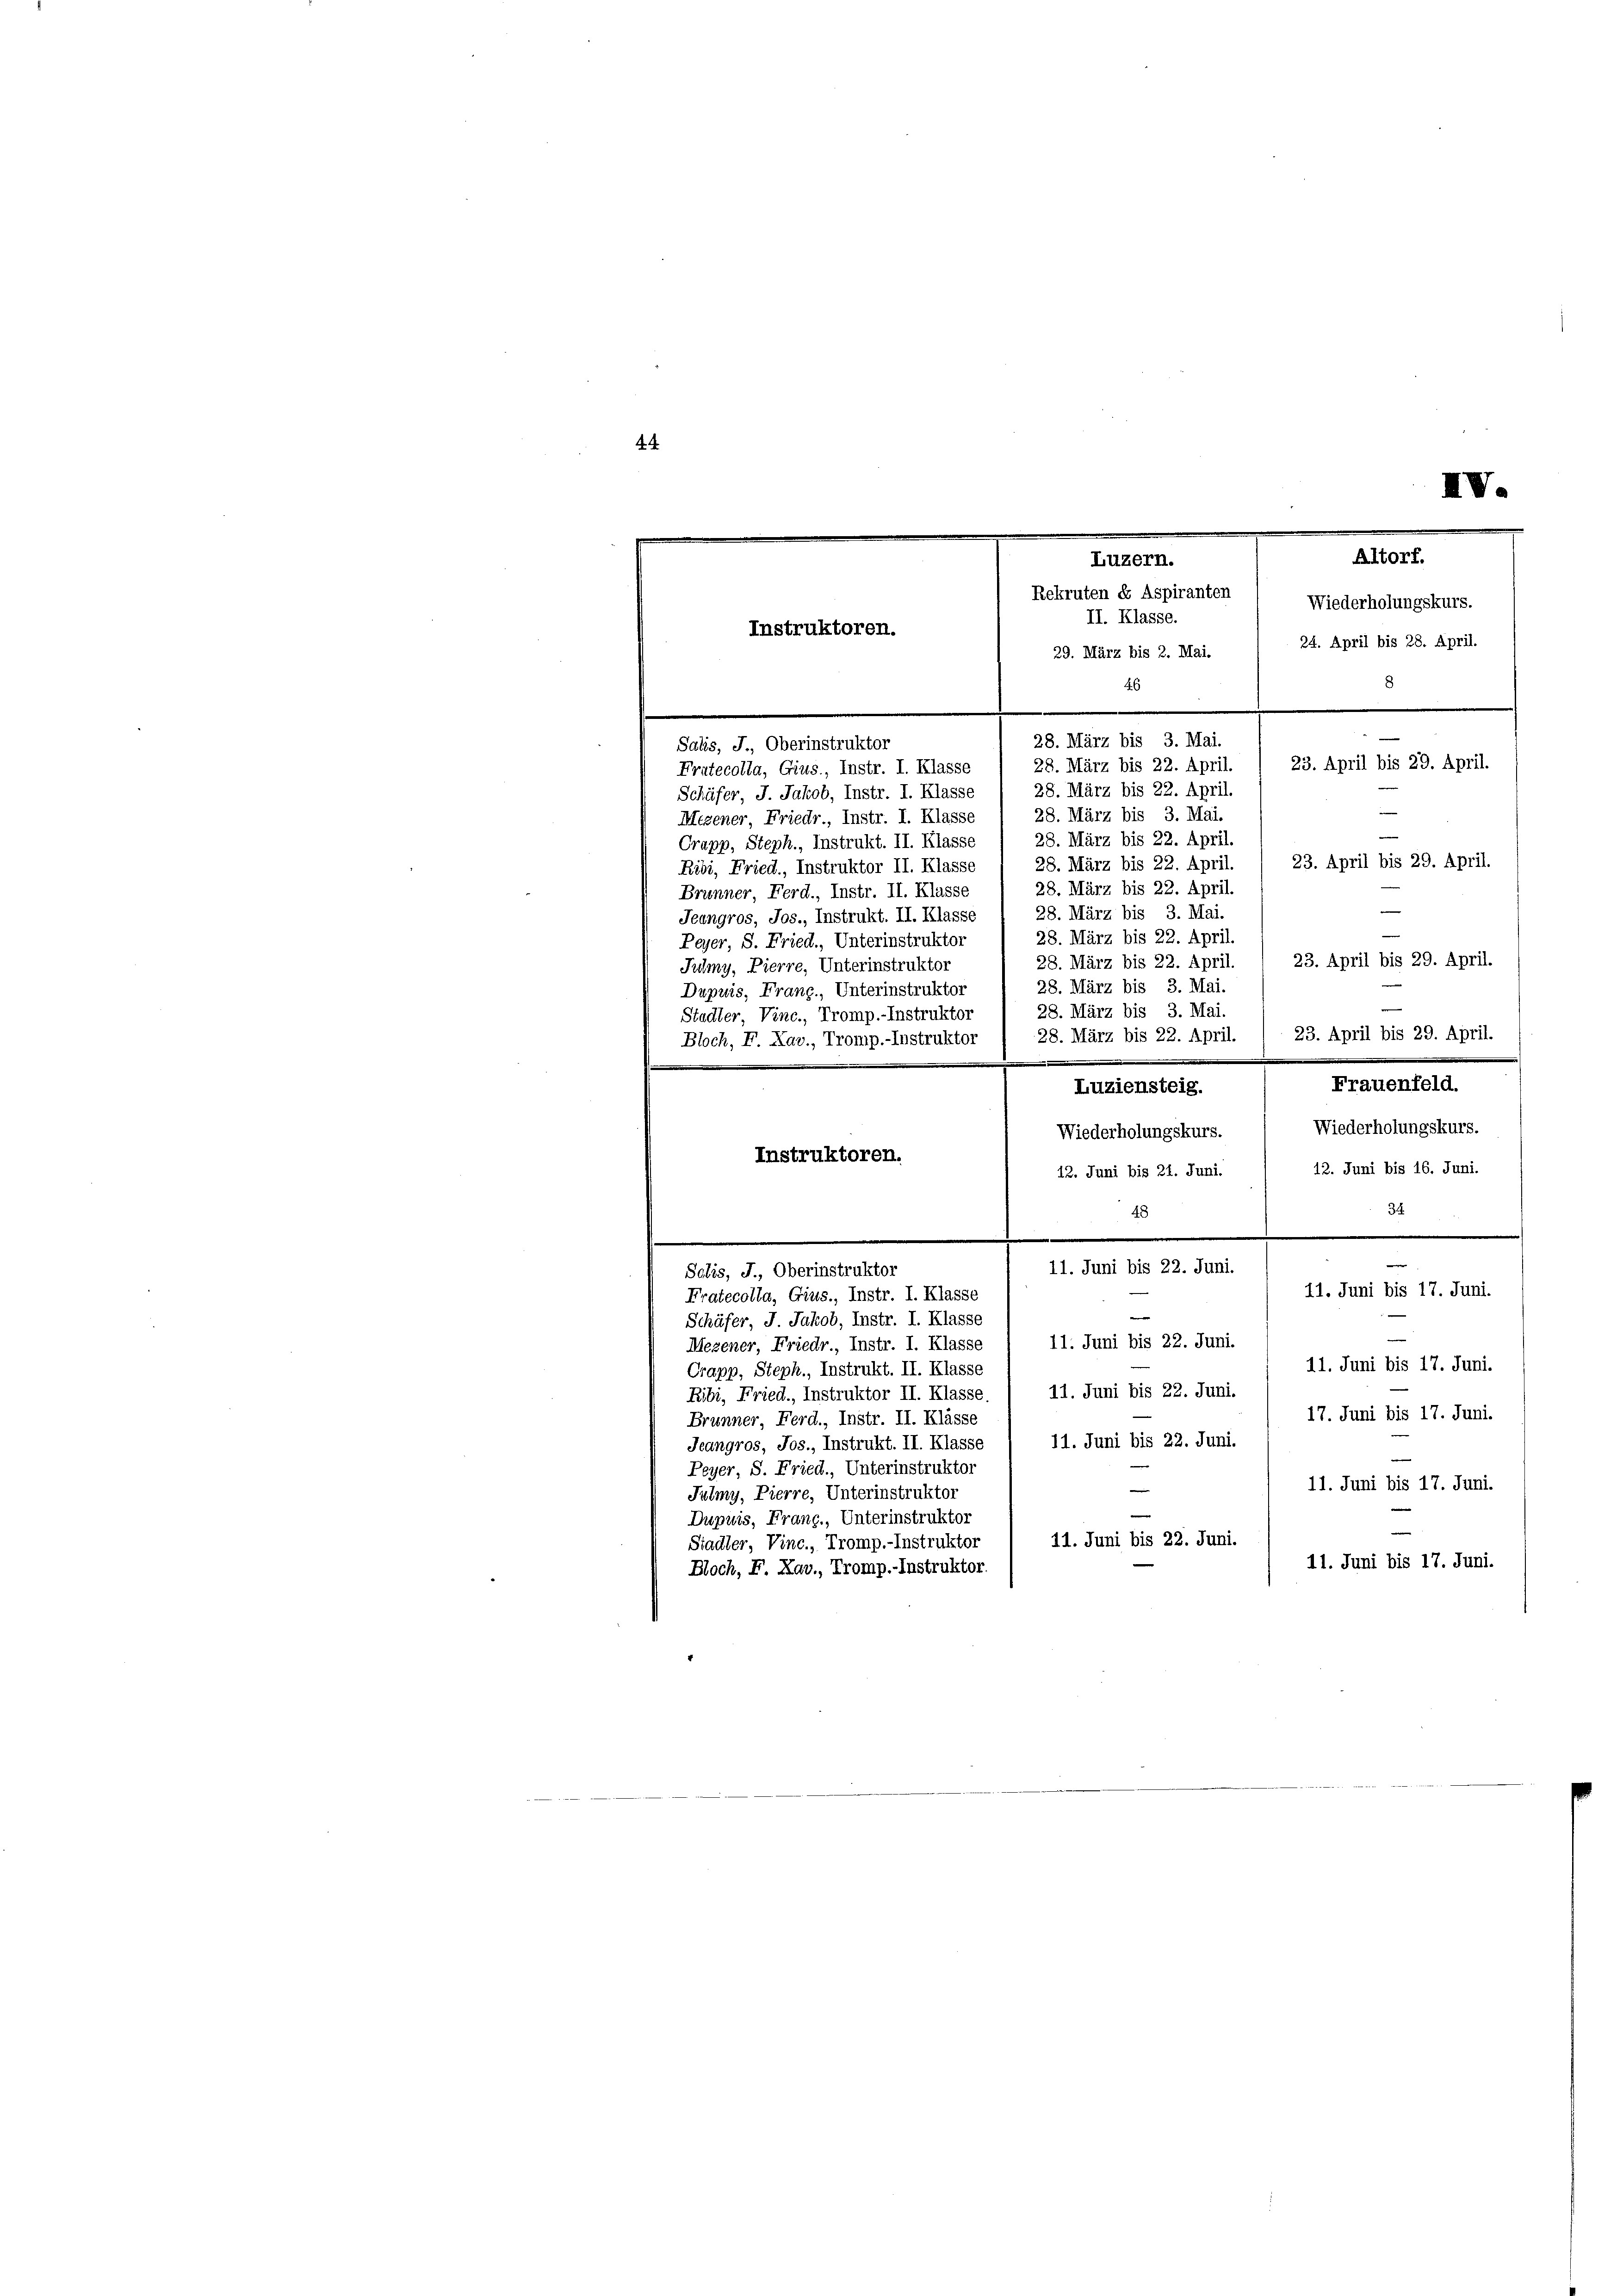
4
IV.
Altorf.
Luzern.

Rekruten dr Aspiranten
Wiederholungskurs.
II. Klasse.
Instruktoren.
24. April bis 28. April.
29. März bis 2. Mai.
8
46
28. März bis 3. Mai.
Salis, J., Oberinstruktor

28. März bis 22. April.
Fratecolla, Gius., Instr. I. Klasse
28. März bis 22. April.
Schäfer, J. Jakob, Instr. I. Klasse
28. März bis 3. Mai.
Megener Friedr., Instr. I. Klasse
28. März bis 22. April.
Crapp, Steph., Instrukt. II. Klasse
23. April bis 29. April.
28. März bis 22. April.
Ribi, Fried, Instruktor II. Klasse
28. März bis 22. April.
Brunner Ferd., Instr. II. Klasse
28. März bis 3. Mai.
Jeangros, Jos., Instrukt. II. Klasse
28. März bis 22. April
Peyer, S. Fried., Unterinstruktor
23. April bis 29. April
28. März bis 22. April.
Julmy, Pierre, Unterinstruktor
28. März bis 3. Mai.
Dupuis, Frang, Unterinstruktor
28. März bis 3. Mai.
Stadter Vinc., Tromp.-Instruktor
23. April bis 29. April.
28. März bis 22. April
Bloch, F. Xav., Tromp.-Instruktor
Frauenfeld.
Luziensteig.
Wiederholungskurs.
Wiederholungskurs.
Instruktoren.
12. Juni bis 24. Juni. / 12. Juni bis 16. Juni.
34.
48
.
11. Juni bis 22. Juni.
Sclis, J., Oberinstruktor
11. Juni bis 17. Juni.
Fratecolla, Gius., Instr. I. Klasse
Schäfer, J. Jakob, Instr. I. Klasse
11. Juni bis 22. Juni.
Mezener, Friedr., Instr. I. Klasse
11. Juni bis 17. Juni.
Crapp, Steph., Instrukt. II. Klasse
11. Juni bis 22. Juni.
Ribi, Fried., Instruktor II. Klasse.
17. Juni bis 17. Juni.
Brunner, Ferd., Instr. II. Klasse
Jeangros, Jos., Instrukt. II. Klasse , 11. Juni bis 22. Juni.
Peyer, S. Fried., Unterinstruktor
11. Juni bis 17. Juni.
Julmy, Pierre, Unterinstruktor
Dupuis, Frang, Unterinstruktor
11. Juni bis 22. Juni.
Siadter, Vinc., Tromp.-Instruktor
11. Juni bis 17. Juni.
Bloch, F. Xav., Tromp.-Instruktor

23. April bis 29. April.